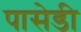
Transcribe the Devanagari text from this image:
पासेडी